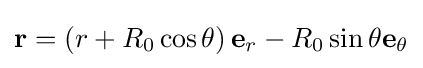
\mathbf {r} =\left(r+R_{0}\cos \theta \right)\mathbf {e} _{r}-R_{0}\sin \theta \mathbf {e} _{\theta }